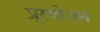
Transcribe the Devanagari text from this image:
प्र्रयोजन